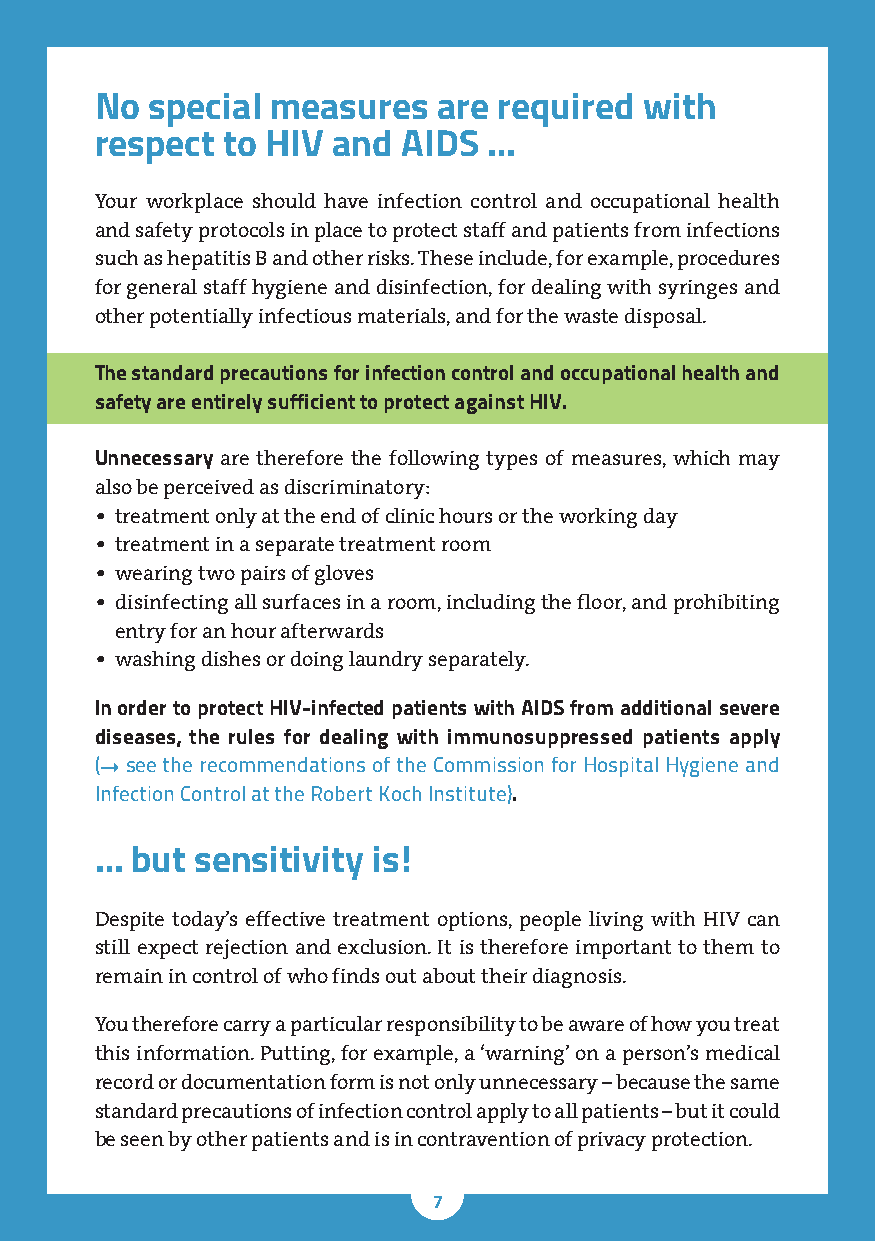
No  special measures   are required  with
 respect  to HIV and  AIDS …
 Your workplace should have infection control and occupational health
 and safety protocols in place to protect staff and patients from infections
 such as hepatitis B and other risks. These include, for example, procedures
 for general staff hygiene and disinfection, for dealing with syringes and
 other potentially infectious materials, and for the waste disposal.
 The standard precautions for infection control and occupational health and
 safety are entirely sufficient to protect against HIV.
 Unnecessary are therefore the following types of measures, which may
 also be perceived as discriminatory:
 • treatment only at the end of clinic hours or the working day
 • treatment in a separate treatment room
 • wearing two pairs of gloves
 • d isinfecting all surfaces in a room, including the floor, and prohibiting
 entry for an hour afterwards
 • washing dishes or doing laundry separately.
 In order to protect HIV-infected patients with AIDS from additional severe
 diseases, the rules for dealing with immunosuppressed patients apply
 (➞ see the recommendations of the Commission for Hospital Hygiene and
 Infection Control at the Robert Koch Institute).
 …  but sensitivity is!
 Despite today’s effective treatment options, people living with HIV can
 still expect rejection and exclusion. It is therefore important to them to
 remain in control of who finds out about their diagnosis.
 You therefore carry a particular responsibility to be aware of how you treat
 this information. Putting, for example, a ‘warning’ on a person’s medical
 record or documentation form is not only unnecessary – because the same
 standard precautions of infection control apply to all patients – but it could
 be seen by other patients and is in contravention of privacy protection.
 7